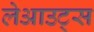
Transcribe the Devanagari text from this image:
लेआउट्स